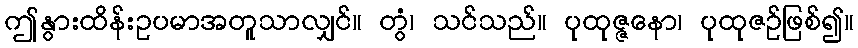
ဤနွားထိန်းဥပမာအတူသာလျှင်။ တွံ၊ သင်သည်။ ပုထုဇ္ဇနော၊ ပုထုဇဉ်ဖြစ်၍။